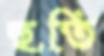
হুতি